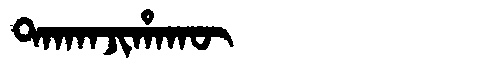
Manchu: ᡨᠠᡴᠠᠨᠵᡳᡥᠠᡴᡡ
Romanization: TAKANJIHAKŪ